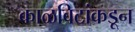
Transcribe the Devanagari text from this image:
काळविटांकडून